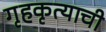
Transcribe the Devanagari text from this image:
गृहकृत्याची